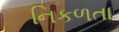
નિકળતા